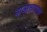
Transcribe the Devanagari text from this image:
याआधारावर